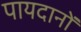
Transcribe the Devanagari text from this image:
पायदानों